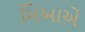
મિઆએ